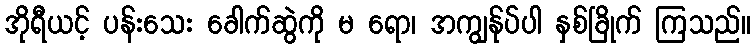
အိုရီယင့် ပန်းသေး ခေါက်ဆွဲကို မ ရော၊ အကျွန်ုပ်ပါ နှစ်ခြိုက် ကြသည်။